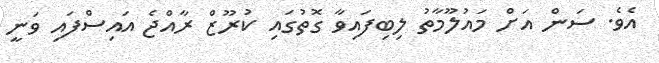
އެވެ. ސަން އަށް މައުލޫމާތު ލިބިފައިވާ ގޮތުގައި ކުރޫޒް ރާއްޖެ އައިސްފައި ވަނީ